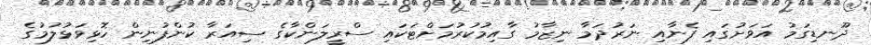
ދޫނޑިގަމު އަވަށުގައި ފެނާއި ނަރުދަމާ ނިޒާމު ގާއިމުކުރުމަށްޓަކައި ސްރީލަންކާގެ ސިއަރާ ކުންފުނިން ހޮޅިވަޅުލުމުގެ